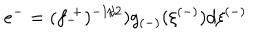
LaTeX: e ^ { - } = ( f _ { - } ^ { ~ + } ) ^ { - 1 / 2 } ) g _ { ( - ) } ( \xi ^ { ( - ) } ) d \xi ^ { ( - ) }